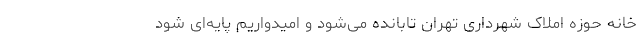
خانه حوزه املاک شهرداری تهران تابانده می‌شود و امیدواریم پایه‌ای شود